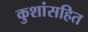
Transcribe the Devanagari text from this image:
कुशांसहित